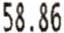
58.86